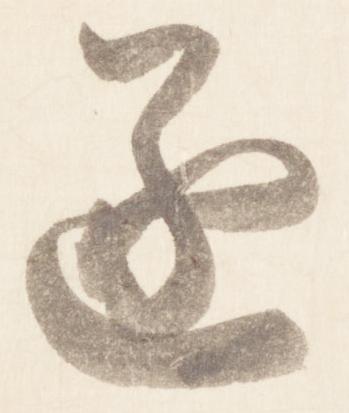
遂